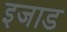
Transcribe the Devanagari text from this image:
इजाड